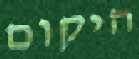
היקום